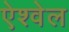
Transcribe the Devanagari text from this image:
ऐश्वेल